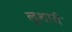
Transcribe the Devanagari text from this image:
लुशारी